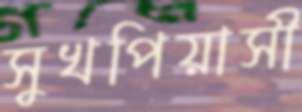
সুখপিয়াসী